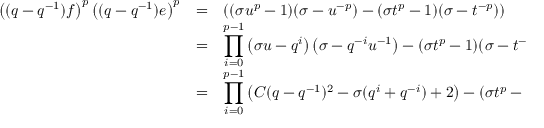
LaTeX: \begin{array} { r c l } { { \left( ( q - q ^ { - 1 } ) f \right) ^ { p } \left( ( q - q ^ { - 1 } ) e \right) ^ { p } } } & { { = } } & { { \left( ( \sigma u ^ { p } - 1 ) ( \sigma - u ^ { - p } ) - ( \sigma t ^ { p } - 1 ) ( \sigma - t ^ { - p } ) \right) } } \\ { { } } & { { = } } & { { \displaystyle \prod _ { i = 0 } ^ { p - 1 } \left( \sigma u - q ^ { i } \right) \left( \sigma - q ^ { - i } u ^ { - 1 } \right) - ( \sigma t ^ { p } - 1 ) ( \sigma - t ^ { - p } ) } } \\ { { } } & { { = } } & { { \displaystyle \prod _ { i = 0 } ^ { p - 1 } \left( C ( q - q ^ { - 1 } ) ^ { 2 } - \sigma ( q ^ { i } + q ^ { - i } ) + 2 \right) - ( \sigma t ^ { p } - 1 ) ( \sigma - t ^ { - p } ) ~ . } } \end{array}